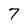
Character: 7